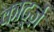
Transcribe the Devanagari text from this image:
कार्ट्ज़